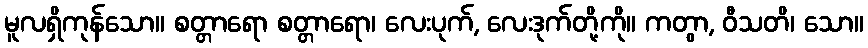
မူလရှိကုန်သော။ စတ္တာရော စတ္တာရော၊ လေးပုက်, လေးဒုက်တို့ကို။ ကတွာ, ဝီသတိ၊ သော။